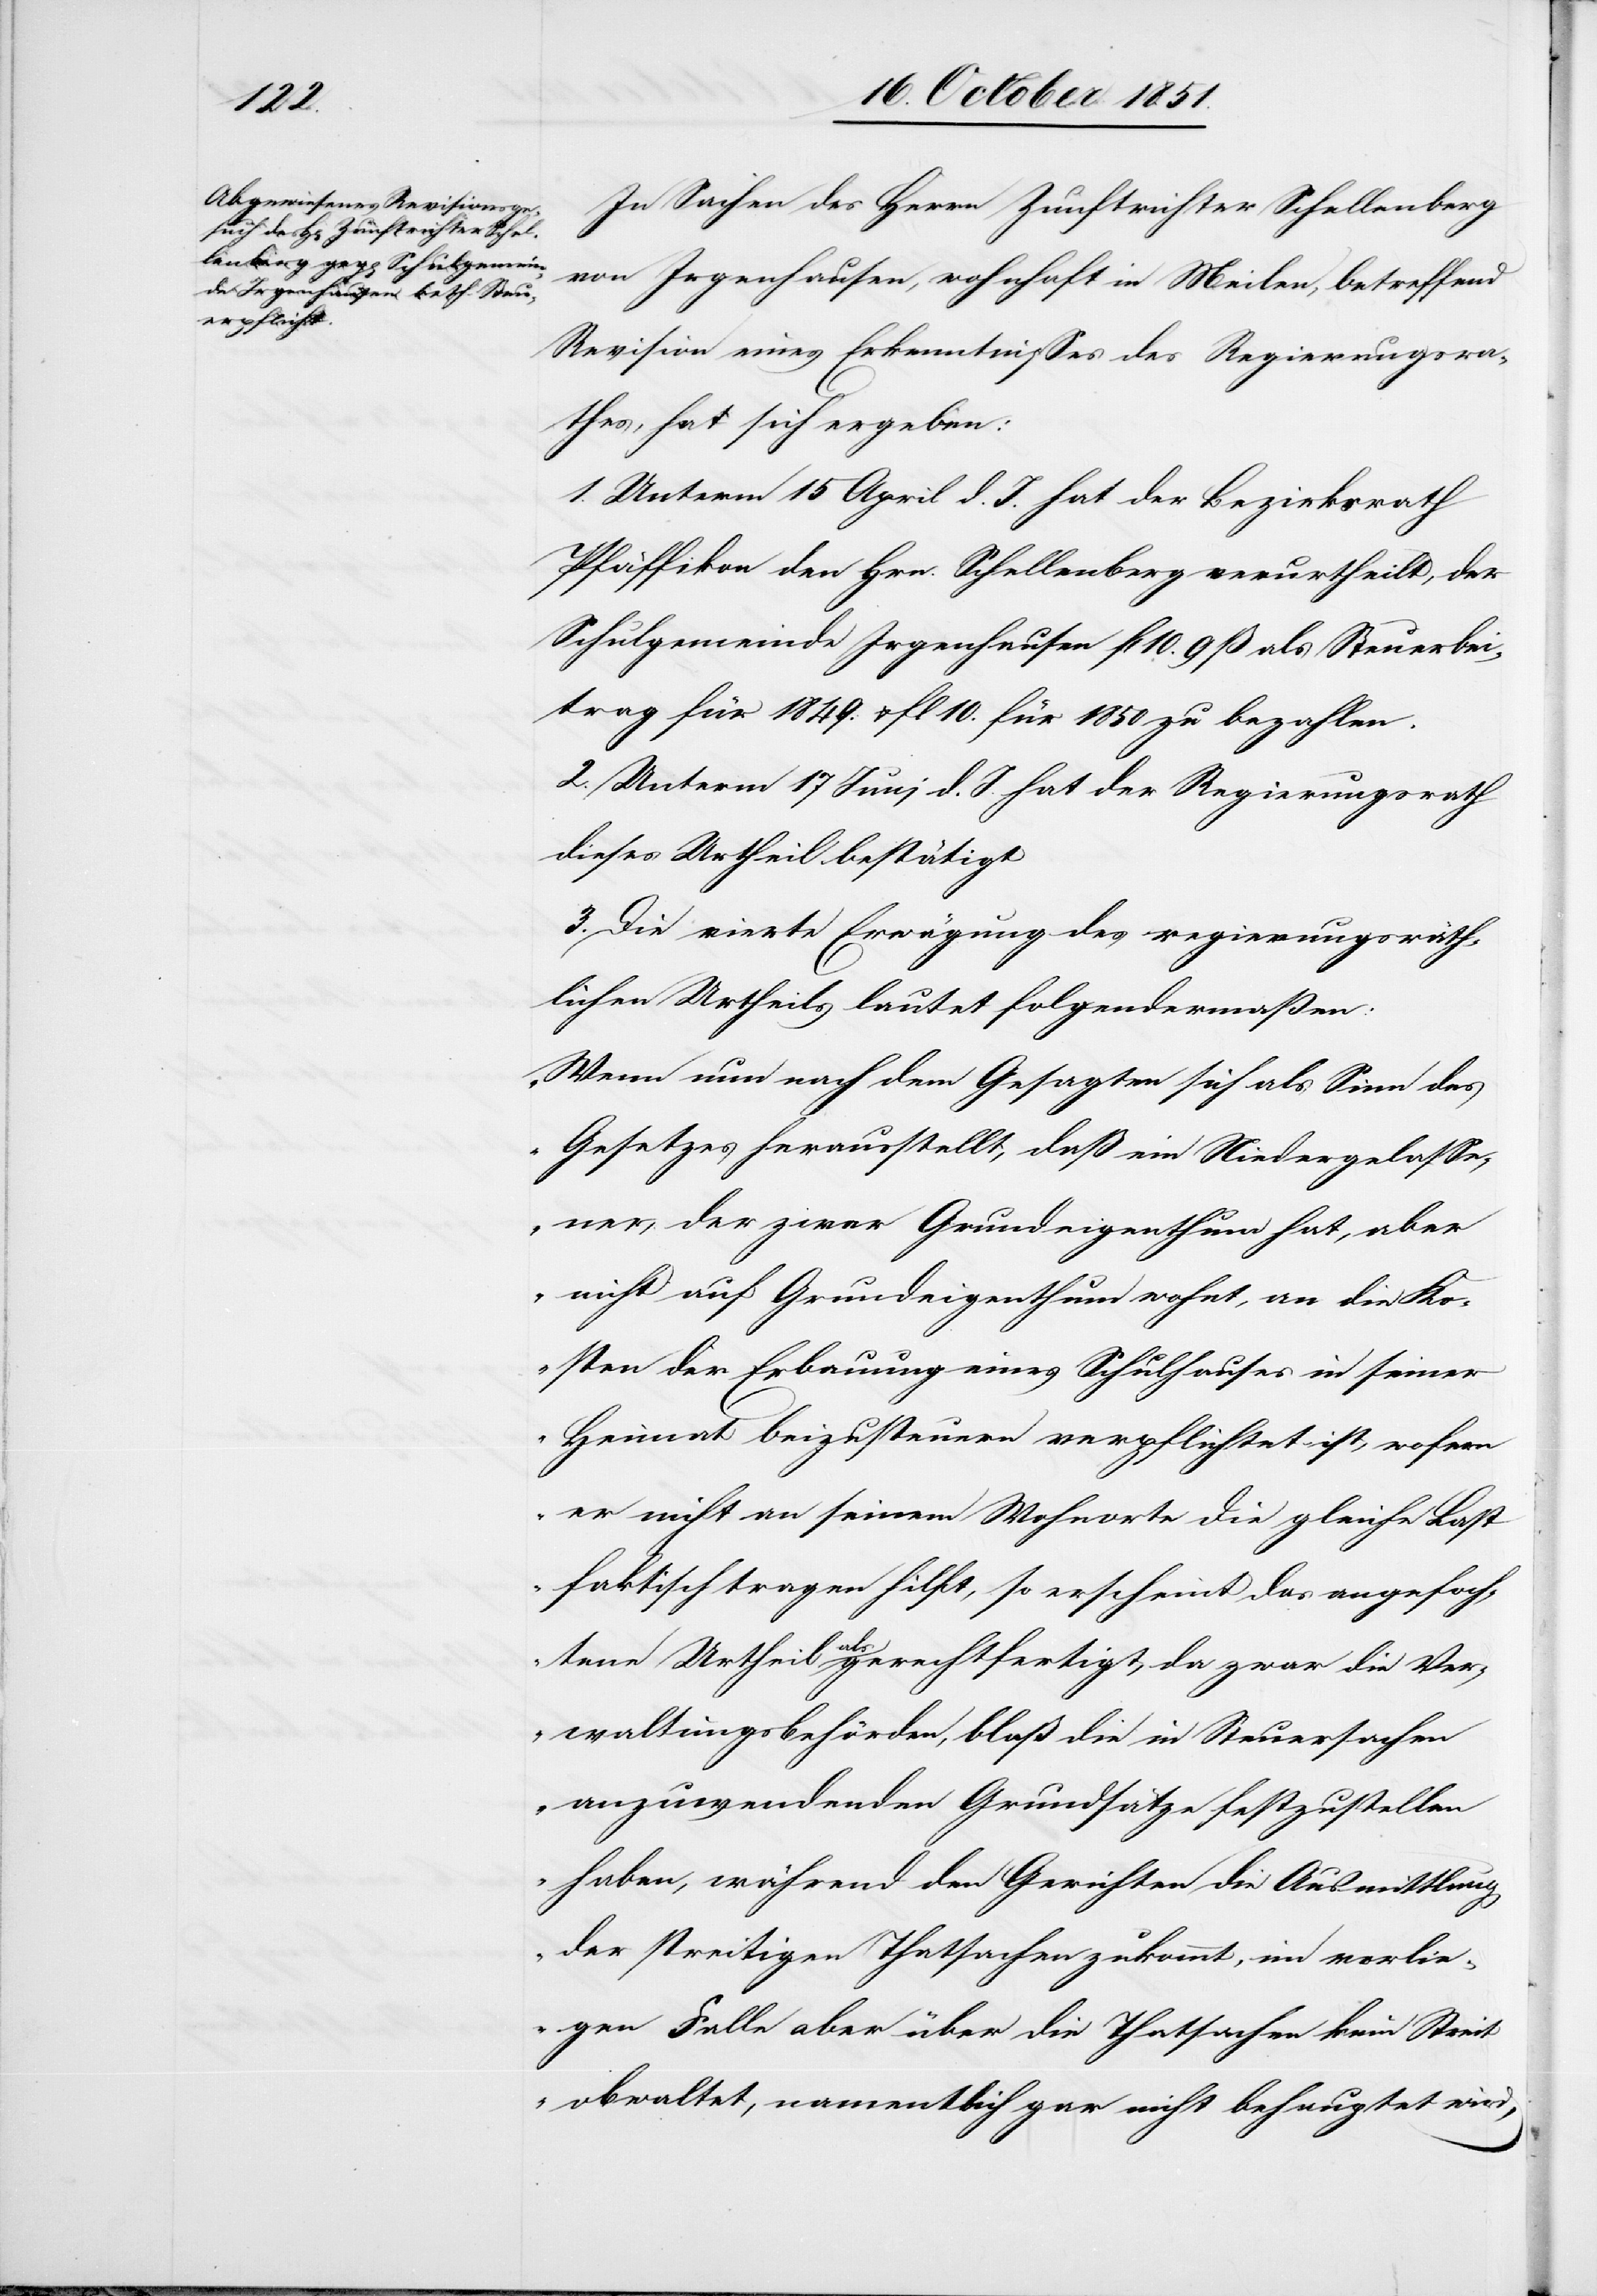
In Sachen des Herrn Zunftrichter Schellenberg
von Irgenhausen, wohnhaft in Meilen, betreffend
Revision eines Erkenntnisses des Regierungsra¬
thes, hat sich ergeben:
1. Unterm 15 April d. J. hat der Bezirksrath
Pfäffikon den Hrn. Schellenberg verurtheilt, der
Schulgemeinde Irgenhausen fl 10. 9 ß als Steuerbei¬
trag für 1849. & fl 10. für 1850 zu bezahlen.
2. Unterm 17 Juni d. J. hat der Regierungsrath
dieses Urtheil bestätigt
3. Die vierte Erwägung des regierungsräth¬
lichen Urtheils lautet folgendermaßen:
„Wenn nun nach dem Gesagten sich als Sinn des
Gesetzes herausstellt, daß ein niedergelasse¬
ner, der zwar Grundeigenthum hat, aber
nicht auf Grundeigenthum wohnt, an die Ko¬
sten der Erbauung eines Schulhauses in seiner
Heimat beizusteuern verpflichtet ist, wofern
er nicht an seinem Wohnorte die gleiche Last
faktisch tragen hilft, so erscheint das angefoch¬
tene Urtheil als gerechtfertigt, da zwar die Ver¬
waltungsbehörden, bloß die in Steuersachen
anzuwendenden Grundsätze festzustellen
haben, während den Gerichten die Ausmittlung
der streitigen Thatsachen zukommt, im vorlieg¬
en[den] Falle aber über die Thatsachen kein Streit
obwaltet, namentlich gar nicht behauptet wird,